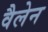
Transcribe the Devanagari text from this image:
वैलेन